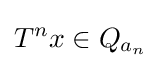
T^{n}x\in Q_{a_{n}}